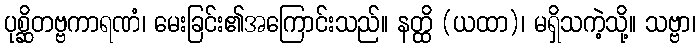
ပုစ္ဆိတဗ္ဗကာရဏံ၊ မေးခြင်း၏အကြောင်းသည်။ နတ္ထိ (ယထာ)၊ မရှိသကဲ့သို့။ သဗ္ဗာ၊